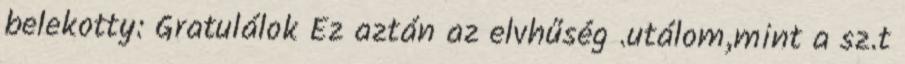
belekotty: Gratulálok Ez aztán az elvhűség .utálom,mint a sz.t